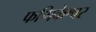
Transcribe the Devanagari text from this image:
फणिकेश्वर